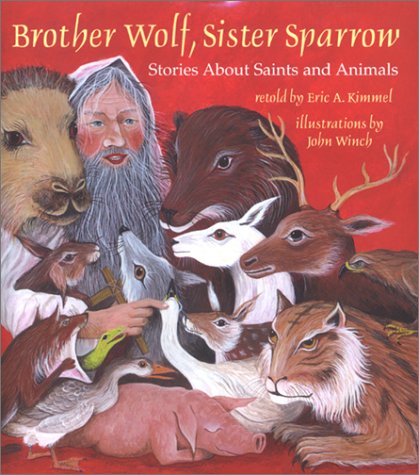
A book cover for Brother Wolf, Sister Sparrow: Stories about Saints and Animals; Eric A. Kimmel; Children's Books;